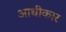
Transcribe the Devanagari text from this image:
आधीकार